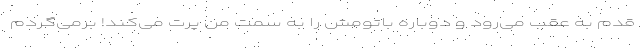
قدم به عقب می‌رود و دوباره باتومش را به سمت من پرت می‌کند! برمی‌گردم